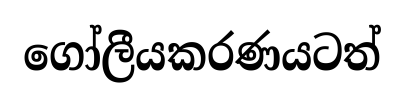
ගෝලීයකරණයටත්